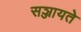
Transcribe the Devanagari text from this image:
सञ्जायते